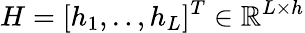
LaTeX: H=[h_{1},..,h_{L}]^{T}\in\mathbb{R}^{L\times h}